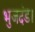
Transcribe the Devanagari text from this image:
भुजदंड।